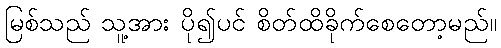
မြစ်သည် သူ့အား ပို၍ပင် စိတ်ထိခိုက်စေတော့မည်။